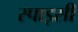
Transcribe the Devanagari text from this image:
स्‍पाइसी